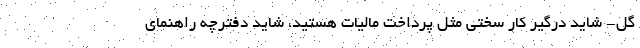
گِلْ- شاید درگیر کار سختی مثل پرداخت مالیات هستید، شاید دفترچه راهنمای